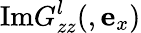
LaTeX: \mathrm{Im}G_{zz}^{l}(,{\mathbf e}_{x})